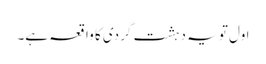
اول تو یہ دہشت گردی کا واقعہ ہے۔